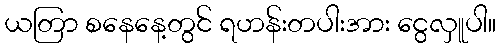
ယတြာ စနေနေ့တွင် ရဟန်းတပါးအား ငွေလှူပါ။